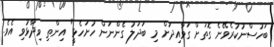
ބަހުސްނުކުރެވޭނެ ގޮތަށް ގަވާއިދަށް މި ބަދަލު ގެންނަން ހުށަހެޅީ" އިންތި ވިދާޅުވި އެވެ.